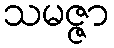
သမဇ္ဇာ